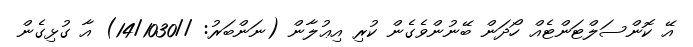
އޭ ކޮންސަލްޓަންޓެއް ހޯދަން ބޭނުންވެގެން ކުރި އިޢުލާން (ނަންބަރު: //14/1030) އާ ގުޅިގެން